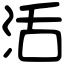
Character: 活